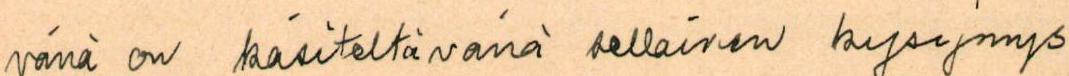
vänä on käsiteltävänä sellainen kysymys